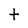
Character: t